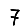
Digit: 7